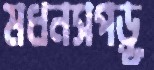
মধনসপড়ূ